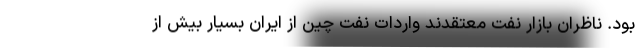
بود. ناظران بازار نفت معتقدند واردات نفت چین از ایران بسیار بیش از